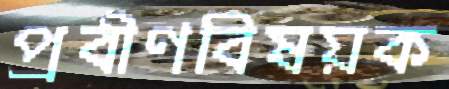
প্রবীণবিষয়ক